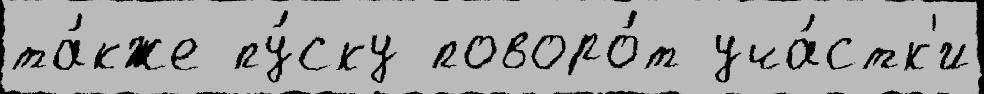
та́кже пу́ску поворо́т уча́стк'и